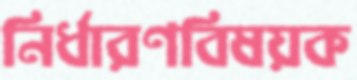
নির্ধারণবিষয়ক